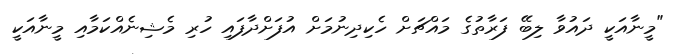
"މީނާއަކީ ދައުވާ ލިބޭ ފަރާތުގެ މައްޗަށް ހެކިދިނުމަށް އުފަށްދާފައި ހުރި މެޝިނެއްކަމާއި މީނާއަކީ